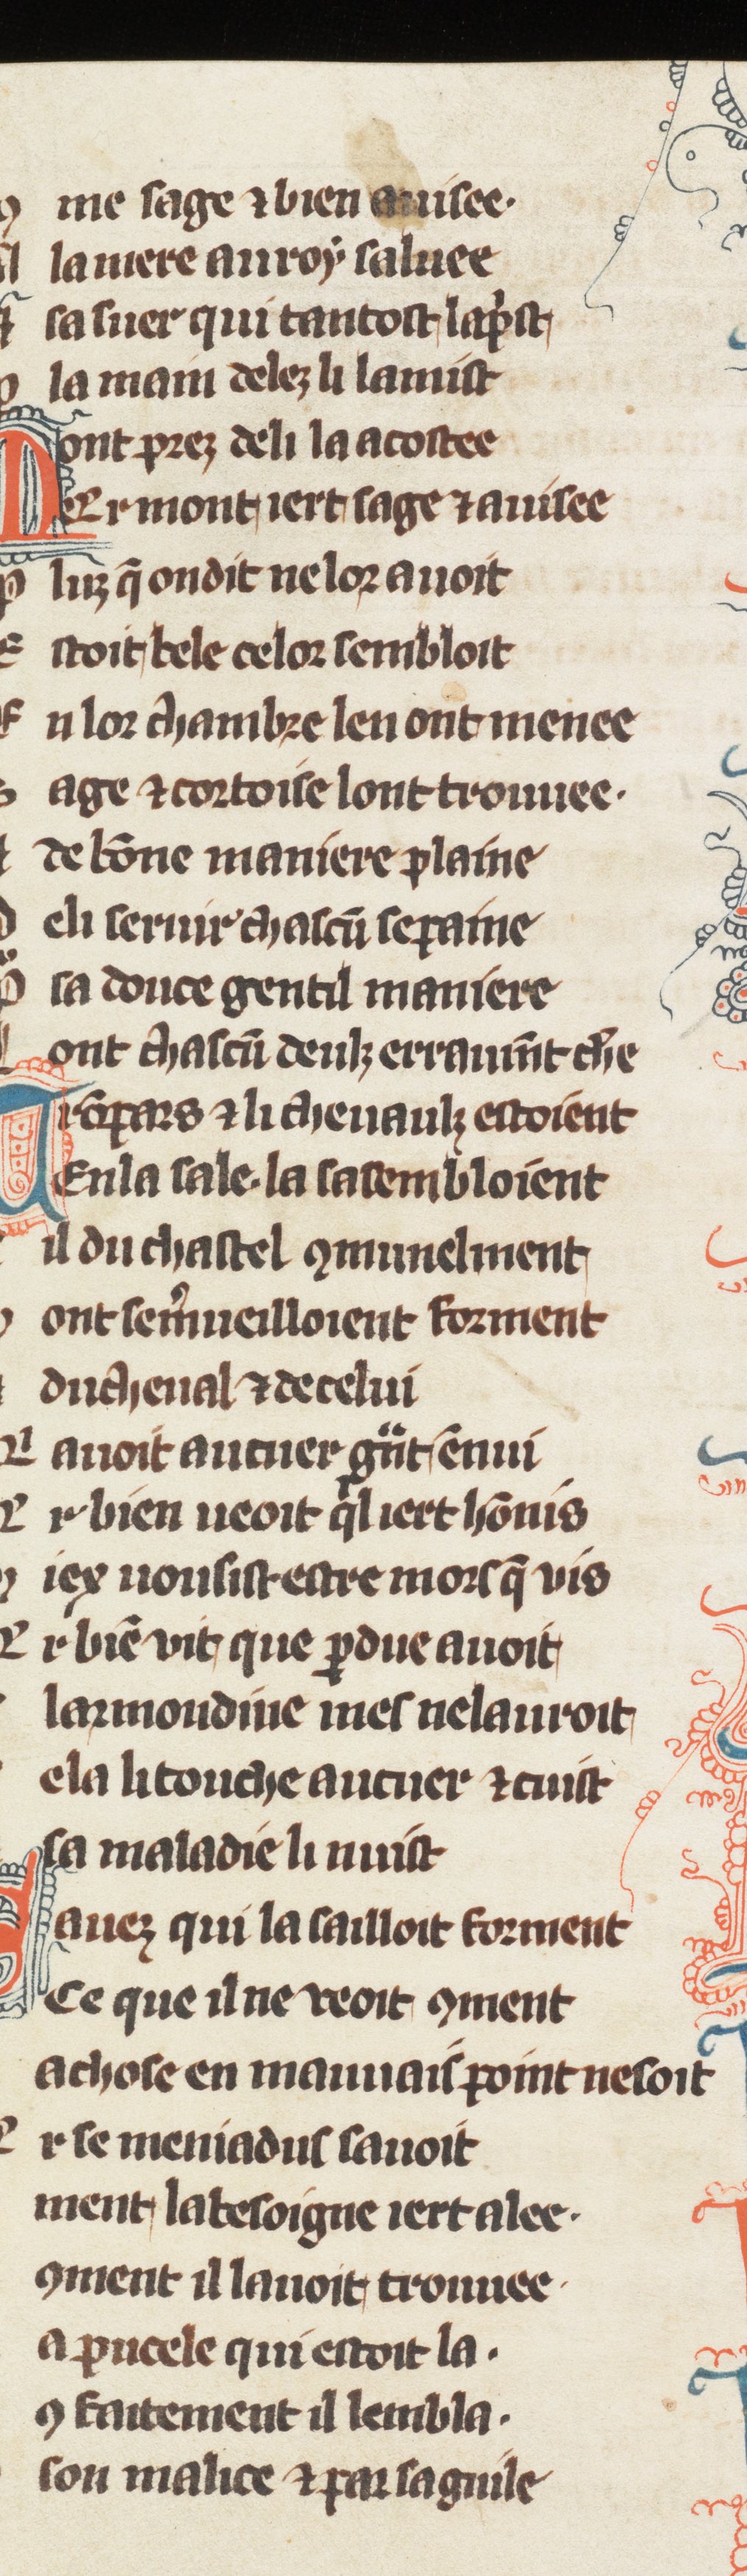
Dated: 1270–1299